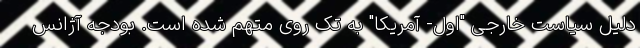
دلیل سیاست خارجی "اول- آمریکا" به تک روی متهم شده است. بودجه آژانس